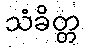
သံခိတ္တ